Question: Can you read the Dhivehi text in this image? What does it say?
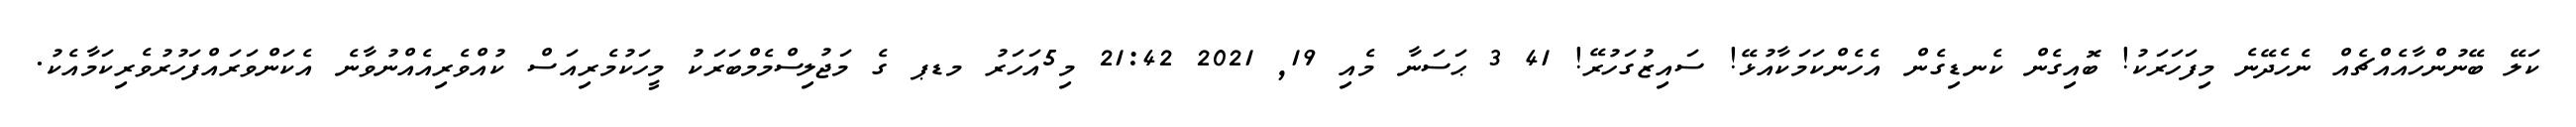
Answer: ކަލޭ ބޭނުންހާއެއްޗެއް ނެހެދޭނެ މިފަހަރަކު! ބޮއިގެން ކެނޑިގެން އެހެންކަމަކާއުޅޭ! ސައިޒުގަހުރޭ! 41 3 ޙަސަނާ މެއި 19, 2021 21:42 މި5އަހަރު މޑޕ ގެ މަޖުލިސްމެމްބަރަކު މީހަކުމެރިއަސް ކުއްވެރިއެއްނުވާނެ އެކަންވަރައްފަހުރުވެރިކަމާއެކު.